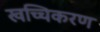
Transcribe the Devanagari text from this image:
खच्चिकरण